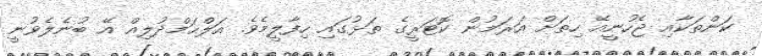
ކަންތަކާއި ޖެހުނީއޭ ހިތަށް އަރަމުން ކޮޓަރީގެ ތަޅުގައި ހިފާލީމެވެ. އަލްޙަމްދުލިއް އޭ ބުނެލެވުނީ